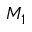
M _ { 1 }